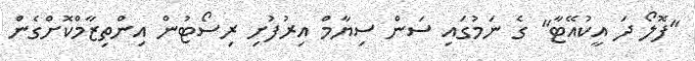
"ފޮލޯ ދަ އީކުއޭޓާ" ގެ ނަމުގައި ސަން ސިޔާމް އިރުފުށި ރިސޯޓުން އިންތިޒާމްކޮށްގެން